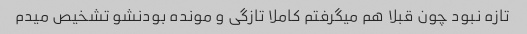
تازه نبود چون قبلا هم میگرفتم کاملا تازگی و مونده بودنشو تشخیص میدم